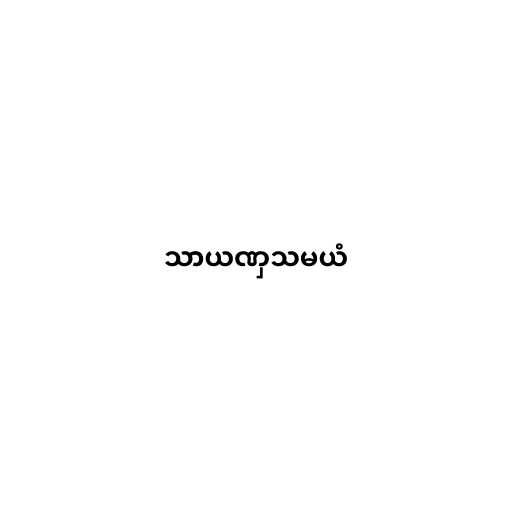
သာယဏှသမယံ